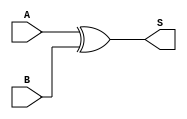
module xor_gate (
    input wire A,   // First input
    input wire B,   // Second input
    output wire S   // Sum output
);
    assign S = A ^ B; // XOR operation
endmodule